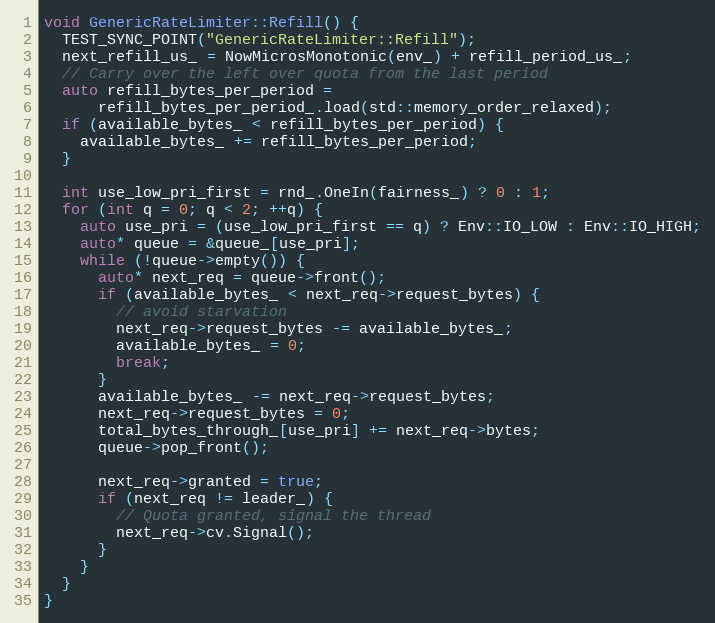
Language: C++
void GenericRateLimiter::Refill() {
  TEST_SYNC_POINT("GenericRateLimiter::Refill");
  next_refill_us_ = NowMicrosMonotonic(env_) + refill_period_us_;
  // Carry over the left over quota from the last period
  auto refill_bytes_per_period =
      refill_bytes_per_period_.load(std::memory_order_relaxed);
  if (available_bytes_ < refill_bytes_per_period) {
    available_bytes_ += refill_bytes_per_period;
  }

  int use_low_pri_first = rnd_.OneIn(fairness_) ? 0 : 1;
  for (int q = 0; q < 2; ++q) {
    auto use_pri = (use_low_pri_first == q) ? Env::IO_LOW : Env::IO_HIGH;
    auto* queue = &queue_[use_pri];
    while (!queue->empty()) {
      auto* next_req = queue->front();
      if (available_bytes_ < next_req->request_bytes) {
        // avoid starvation
        next_req->request_bytes -= available_bytes_;
        available_bytes_ = 0;
        break;
      }
      available_bytes_ -= next_req->request_bytes;
      next_req->request_bytes = 0;
      total_bytes_through_[use_pri] += next_req->bytes;
      queue->pop_front();

      next_req->granted = true;
      if (next_req != leader_) {
        // Quota granted, signal the thread
        next_req->cv.Signal();
      }
    }
  }
}